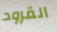
القرود